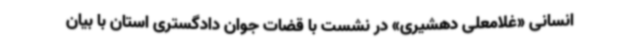
انسانی «غلامعلی دهشیری» در نشست با قضات جوان دادگستری استان با بیان